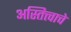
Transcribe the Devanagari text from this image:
अस्तित्त्वाचे